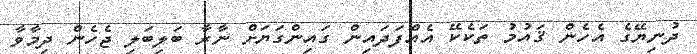
ދުނިޔޭގެ އެހެން ޤައުމު ތަކެކޭ އެއްފަދައިން ގައިންގަޔަށް ނާރާ ބަލިބަލި ޖެހެން ދިމާވާ